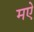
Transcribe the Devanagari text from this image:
मऐ